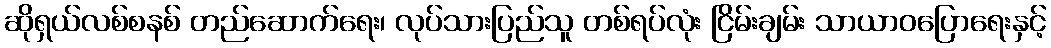
ဆိုရှယ်လစ်စနစ် တည်ဆောက်ရေး၊ လုပ်သားပြည်သူ တစ်ရပ်လုံး ငြိမ်းချမ်း သာယာဝပြောရေးနှင့်